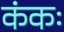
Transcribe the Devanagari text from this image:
कंकः